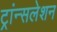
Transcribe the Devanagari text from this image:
ट्रांन्सलेशन